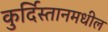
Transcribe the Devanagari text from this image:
कुर्दिस्तानमधील